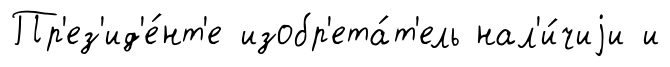
Пр'ез'ид'е́нт'е изобр'ета́т'ель нал'и́чиjи и